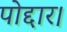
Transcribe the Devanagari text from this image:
पोद्दार।